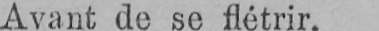
Avant de se flétrir.